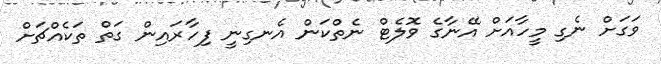
ވަގަށް ނެގި މީހާއަށް އޭނާގެ ވޮލެޓް ނެތްކަން އެނގިނީ ފިހާރައިން ގަތް ތަކެއްޗަށް